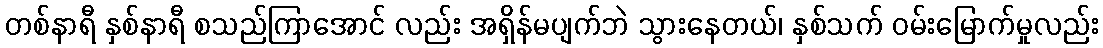
တစ်နာရီ နှစ်နာရီ စသည်ကြာအောင် လည်း အရှိန်မပျက်ဘဲ သွားနေတယ်၊ နှစ်သက် ဝမ်းမြောက်မှုလည်း